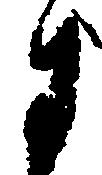
に